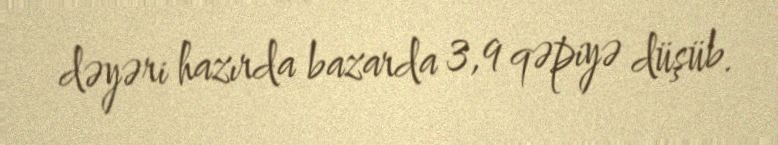
dəyəri hazırda bazarda 3,9 qəpiyə düşüb.